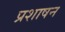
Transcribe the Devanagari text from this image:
प्रशाषन